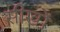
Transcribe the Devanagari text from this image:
सीखों